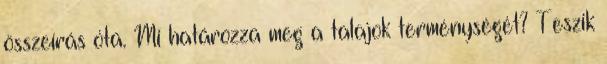
összeírás óta. Mi határozza meg a talajok terménységét? Teszik